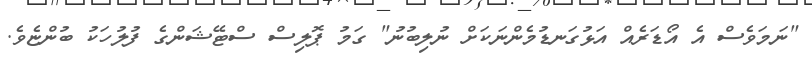
"ނަމަވެސް އެ އޯޑަރެއް އަޅުގަނޑުމެންނަކަށް ނުލިބުނު" ގަމު ޕޮލިސް ސްޓޭޝަންގެ ފުލުހަކު ބުންޏެވެ.